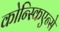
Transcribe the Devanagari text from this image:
कोन्स्किएन्से